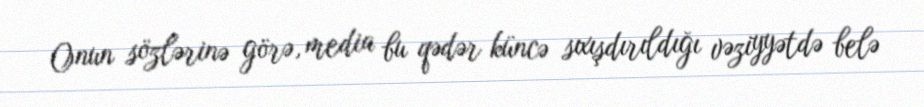
Onun sözlərinə görə, media bu qədər küncə sıxışdırıldığı vəziyyətdə belə